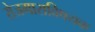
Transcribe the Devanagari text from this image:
रोजगाराविषयक